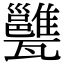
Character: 𤮲